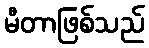
မီတာဖြစ်သည်